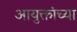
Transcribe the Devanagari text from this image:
आयुक्तांच्या